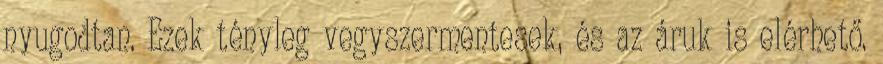
nyugodtan. Ezek tényleg vegyszermentesek, és az áruk is elérhető.